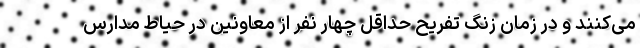
می‌کنند و در زمان زنگ تفریح حداقل چهار نفر از معاونین در حیاط مدارس